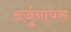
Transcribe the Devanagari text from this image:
अर्जुनायस